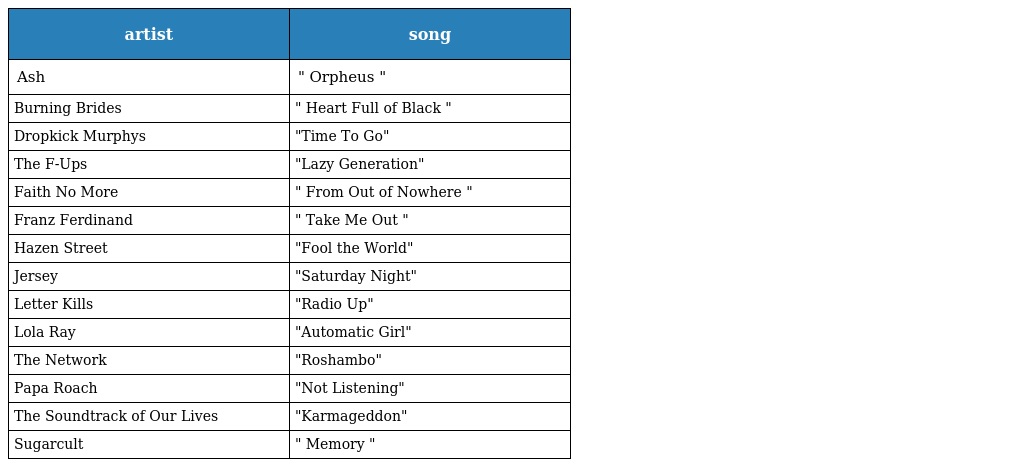
| artist | song |
 | --- | --- |
 | Ash | " Orpheus " |
 | Burning Brides | " Heart Full of Black " |
 | Dropkick Murphys | "Time To Go" |
 | The F-Ups | "Lazy Generation" |
 | Faith No More | " From Out of Nowhere " |
 | Franz Ferdinand | " Take Me Out " |
 | Hazen Street | "Fool the World" |
 | Jersey | "Saturday Night" |
 | Letter Kills | "Radio Up" |
 | Lola Ray | "Automatic Girl" |
 | The Network | "Roshambo" |
 | Papa Roach | "Not Listening" |
 | The Soundtrack of Our Lives | "Karmageddon" |
 | Sugarcult | " Memory " |